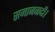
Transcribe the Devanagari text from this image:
समाजवादी।